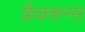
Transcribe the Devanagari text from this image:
फ्रैक्शन्स